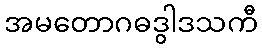
အမတောဂဓဒွါဒသကီ